Indian journal of veterinary science and animal husbandry - Volume 3,
Year: 1933
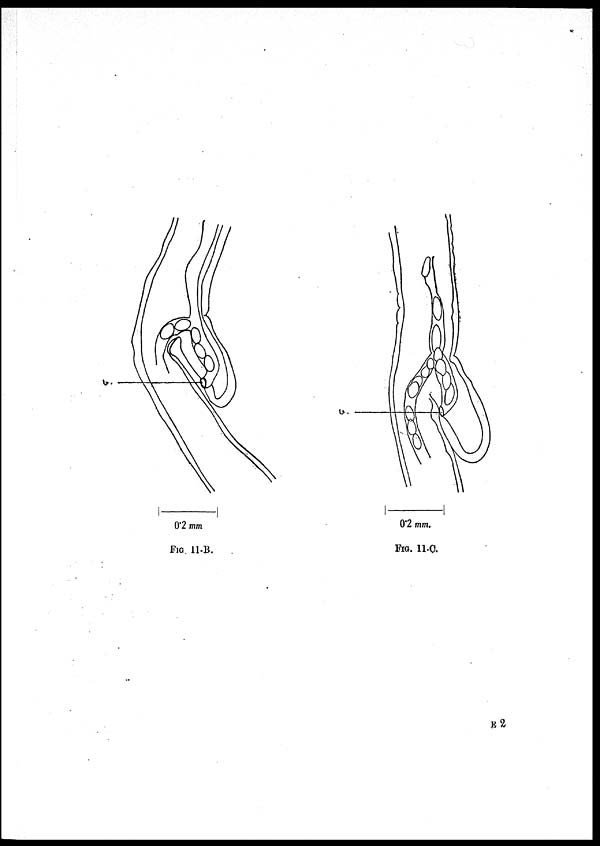
FIG. 11-B.
FIG. 11-C.
E 2